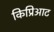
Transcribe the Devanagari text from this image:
किप्रिआट